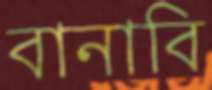
বানাবি